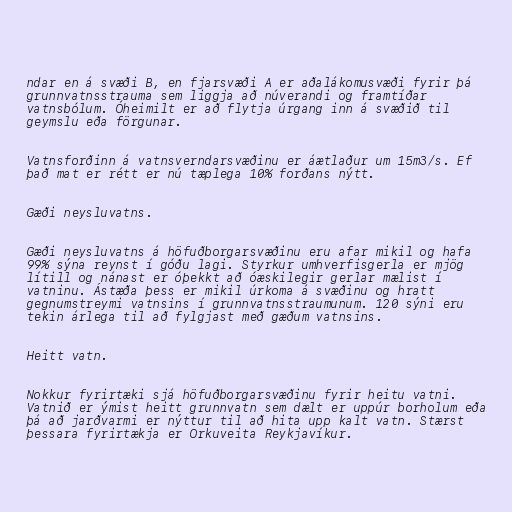
ndar en á svæði B, en fjarsvæði A er aðalákomusvæði fyrir þá
grunnvatnsstrauma sem liggja að núverandi og framtíðar
vatnsbólum. Óheimilt er að flytja úrgang inn á svæðið til
geymslu eða förgunar.

Vatnsforðinn á vatnsverndarsvæðinu er áætlaður um 15m3/s. Ef
það mat er rétt er nú tæplega 10% forðans nýtt.

Gæði neysluvatns.

Gæði neysluvatns á höfuðborgarsvæðinu eru afar mikil og hafa
99% sýna reynst í góðu lagi. Styrkur umhverfisgerla er mjög
lítill og nánast er óþekkt að óæskilegir gerlar mælist í
vatninu. Ástæða þess er mikil úrkoma á svæðinu og hratt
gegnumstreymi vatnsins í grunnvatnsstraumunum. 120 sýni eru
tekin árlega til að fylgjast með gæðum vatnsins.

Heitt vatn.

Nokkur fyrirtæki sjá höfuðborgarsvæðinu fyrir heitu vatni.
Vatnið er ýmist heitt grunnvatn sem dælt er uppúr borholum eða
þá að jarðvarmi er nýttur til að hita upp kalt vatn. Stærst
þessara fyrirtækja er Orkuveita Reykjavíkur.